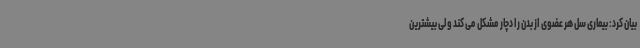
بیان کرد: بیماری سل هر عضوی از بدن را دچار مشکل می کند ولی بیشترین